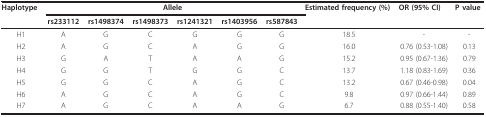
| Haplotype | <COLSPAN=6> Allele | Estimated frequency (%) | OR (95% CI) | P value |
 |  | rs233112 | rs1498374 | rs1498373 | rs1241321 | rs1403956 | rs587843 |  |  |  |
 | --- | --- | --- | --- | --- | --- | --- | --- | --- | --- |
 | H1 | A | G | C | G | G | G | 18.5 | - | - |
 | H2 | A | G | C | A | G | G | 16.0 | 0.76 (0.53-1.08) | 0.13 |
 | H3 | G | A | T | A | A | G | 15.2 | 0.95 (0.67-1.36) | 0.79 |
 | H4 | G | G | T | G | G | C | 13.7 | 1.18 (0.83-1.69) | 0.36 |
 | H5 | G | G | C | A | G | C | 13.2 | 0.67 (0.46-0.98) | 0.04 |
 | H6 | A | G | C | A | G | C | 9.8 | 0.97 (0.66-1.44) | 0.89 |
 | H7 | A | G | C | A | A | G | 6.7 | 0.88 (0.55-1.40) | 0.58 |